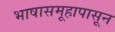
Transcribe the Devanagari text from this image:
भाषासमूहापासून